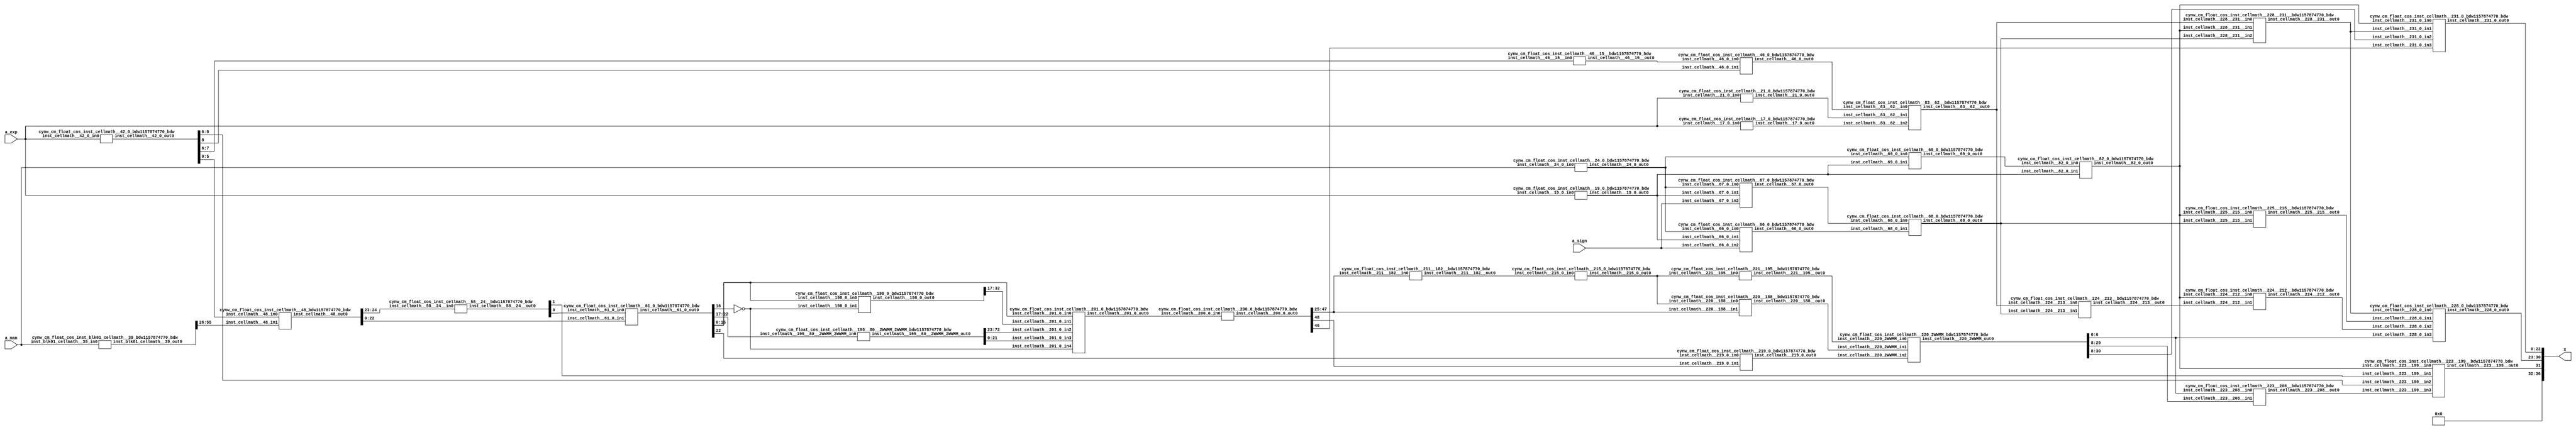
/*****************************************************************************
    Verilog Hierarchical RTL Description
    
    
    Created by: CellMath Designer 2019.1.01 
*******************************************************************************/

module DFT_compute_cynw_cm_float_cos_E8_M23_0 (
	a_sign,
	a_exp,
	a_man,
	x
	); /* architecture "behavioural" */ 
input  a_sign;
input [7:0] a_exp;
input [22:0] a_man;
output [36:0] x;
wire  inst_cellmath__17,
	inst_cellmath__19,
	inst_cellmath__21,
	inst_cellmath__24;
wire [8:0] inst_cellmath__42;
wire  inst_cellmath__46;
wire [22:0] inst_cellmath__61;
wire  inst_cellmath__66,
	inst_cellmath__67,
	inst_cellmath__68,
	inst_cellmath__69,
	inst_cellmath__82;
wire [0:0] inst_cellmath__115__W1;
wire [29:0] inst_cellmath__195;
wire [20:0] inst_cellmath__197;
wire [32:0] inst_cellmath__198;
wire [49:0] inst_cellmath__200,
	inst_cellmath__201;
wire [30:0] inst_cellmath__210;
wire [4:0] inst_cellmath__215;
wire  inst_cellmath__219;
wire [7:0] inst_cellmath__228;
wire [22:0] inst_cellmath__231;
wire [31:0] inst_cellmath__237;
wire [0:0] inst_cellmath__46__15;
wire [2:0] inst_cellmath__58__24;
wire [0:0] inst_cellmath__83__62;
wire [20:0] inst_cellmath__197__131;
wire [31:0] inst_cellmath__211__183;
wire [5:0] inst_cellmath__211__182;
wire [53:0] inst_cellmath__220__188;
wire [6:0] inst_cellmath__221__195;
wire [0:0] inst_cellmath__223__208,
	inst_cellmath__223__199,
	inst_cellmath__224__213,
	inst_cellmath__224__212,
	inst_cellmath__225__215;
wire [7:0] inst_cellmath__226__218;
wire [0:0] inst_cellmath__228__231;
wire [55:0] inst_blk01_cellmath__39_56_0_;
wire [30:0] inst_cellmath__220_22_0__0;
wire [29:0] inst_cellmath__48_32_0_;
wire [30:0] inst_cellmath__220_22_0__2;
wire [1:0] inst_cellmath__231__242_0_0_0;
wire [72:0] inst_cellmath__195__80_0_0;
wire [23:0] inst_blk01_cellmath__39__12_10_0,
	inst_blk01_cellmath__39__12_10_1,
	inst_blk01_cellmath__39__12_10_2,
	inst_blk01_cellmath__39__12_10_3,
	inst_blk01_cellmath__39__12_10_4,
	inst_blk01_cellmath__39__12_10_5,
	inst_blk01_cellmath__39__12_10_6,
	inst_blk01_cellmath__39__12_10_7,
	inst_blk01_cellmath__39__12_10_8,
	inst_blk01_cellmath__39__12_10_9,
	inst_blk01_cellmath__39__12_10_10;
wire [16:0] inst_cellmath__113_0_0,
	inst_cellmath__113_0_1;
wire [1:0] inst_cellmath__116__W1_0_0_1_0,
	inst_cellmath__116__W1_0_0_1_1;

assign x[32] = 1'B0;

assign inst_blk01_cellmath__39__12_10_0 = {1'B1,a_man};

assign inst_blk01_cellmath__39__12_10_1 = {1'B1,a_man};

assign inst_blk01_cellmath__39__12_10_2 = {1'B1,a_man};

assign inst_blk01_cellmath__39__12_10_3 = {1'B1,a_man};

assign inst_blk01_cellmath__39__12_10_4 = {1'B1,a_man};

assign inst_blk01_cellmath__39__12_10_5 = {1'B1,a_man};

assign inst_blk01_cellmath__39__12_10_6 = {1'B1,a_man};

assign inst_blk01_cellmath__39__12_10_7 = {1'B1,a_man};

assign inst_blk01_cellmath__39__12_10_8 = {1'B1,a_man};

assign inst_blk01_cellmath__39__12_10_9 = {1'B1,a_man};

assign inst_blk01_cellmath__39__12_10_10 = {1'B1,a_man};
cynw_cm_float_cos_inst_blk01_cellmath__39_bdw1157874770_bdw inst_blk01_cellmath__39_0(
	.inst_blk01_cellmath__39_out0(inst_blk01_cellmath__39_56_0_),
	.inst_blk01_cellmath__39_in0(a_man)
	) ;
cynw_cm_float_cos_inst_cellmath__42_0_bdw1157874770_bdw inst_cellmath__42_0_0(
	.inst_cellmath__42_0_out0(inst_cellmath__42),
	.inst_cellmath__42_0_in0(a_exp)
	) ;
cynw_cm_float_cos_inst_cellmath__48_bdw1157874770_bdw inst_cellmath__48_0(
	.inst_cellmath__48_out0(inst_cellmath__48_32_0_[24:0]),
	.inst_cellmath__48_in0(inst_cellmath__42[5:0]),
	.inst_cellmath__48_in1(inst_blk01_cellmath__39_56_0_[55:26])
	) ;
cynw_cm_float_cos_inst_cellmath__58__24__bdw1157874770_bdw inst_cellmath__58__24__0(
	.inst_cellmath__58__24__out0(inst_cellmath__58__24[1:0]),
	.inst_cellmath__58__24__in0(inst_cellmath__48_32_0_[24:23])
	) ;
cynw_cm_float_cos_inst_cellmath__61_0_bdw1157874770_bdw inst_cellmath__61_0_0(
	.inst_cellmath__61_0_out0(inst_cellmath__61),
	.inst_cellmath__61_0_in0(inst_cellmath__58__24[0]),
	.inst_cellmath__61_0_in1(inst_cellmath__48_32_0_[22:0])
	) ;

assign inst_cellmath__115__W1 = ~inst_cellmath__61[16];

assign inst_cellmath__116__W1_0_0_1_0 = {inst_cellmath__115__W1,inst_cellmath__61[15]};

assign inst_cellmath__116__W1_0_0_1_1 = {inst_cellmath__115__W1,inst_cellmath__61[15]};

assign inst_cellmath__113_0_0 = {inst_cellmath__116__W1_0_0_1_1,inst_cellmath__61[14:0]};

assign inst_cellmath__113_0_1 = {inst_cellmath__116__W1_0_0_1_0,inst_cellmath__61[14:0]};
cynw_cm_float_cos_inst_cellmath__195__80__2WWMM_2WWMM_bdw1157874770_bdw inst_cellmath__195__80__2WWMM_2WWMM_0(
	.inst_cellmath__195__80__2WWMM_2WWMM_out0(inst_cellmath__195__80_0_0),
	.inst_cellmath__195__80__2WWMM_2WWMM_in0(inst_cellmath__61[22:17])
	) ;

assign inst_cellmath__195[29:4] = inst_cellmath__195__80_0_0[72:47];

assign inst_cellmath__195[3:0] = inst_cellmath__195__80_0_0[46:43];

assign inst_cellmath__197__131[20] = 1'B1;

assign inst_cellmath__197[2:0] = inst_cellmath__195__80_0_0[25:23];

assign inst_cellmath__197__131[19:0] = inst_cellmath__195__80_0_0[42:23];

assign inst_cellmath__197[20:18] = inst_cellmath__197__131[20:18];

assign inst_cellmath__197[17:3] = inst_cellmath__195__80_0_0[40:26];
cynw_cm_float_cos_inst_cellmath__198_0_bdw1157874770_bdw inst_cellmath__198_0_0(
	.inst_cellmath__198_0_out0(inst_cellmath__198),
	.inst_cellmath__198_0_in0(inst_cellmath__61[15:0]),
	.inst_cellmath__198_0_in1(inst_cellmath__115__W1)
	) ;
cynw_cm_float_cos_inst_cellmath__201_0_bdw1157874770_bdw inst_cellmath__201_0_0(
	.inst_cellmath__201_0_out0(inst_cellmath__201),
	.inst_cellmath__201_0_in0(inst_cellmath__61[15:0]),
	.inst_cellmath__201_0_in1(inst_cellmath__198[32:17]),
	.inst_cellmath__201_0_in2(inst_cellmath__195__80_0_0[72:23]),
	.inst_cellmath__201_0_in3(inst_cellmath__195__80_0_0[21:0]),
	.inst_cellmath__201_0_in4(inst_cellmath__115__W1)
	) ;
cynw_cm_float_cos_inst_cellmath__200_0_bdw1157874770_bdw inst_cellmath__200_0_0(
	.inst_cellmath__200_0_out0(inst_cellmath__200[48:0]),
	.inst_cellmath__200_0_in0(inst_cellmath__201)
	) ;

assign inst_cellmath__210 = {{8{1'B0}}, inst_cellmath__200[47:25]};
cynw_cm_float_cos_inst_cellmath__17_0_bdw1157874770_bdw inst_cellmath__17_0_0(
	.inst_cellmath__17_0_out0(inst_cellmath__17),
	.inst_cellmath__17_0_in0(a_exp)
	) ;
cynw_cm_float_cos_inst_cellmath__46__15__bdw1157874770_bdw inst_cellmath__46__15__0(
	.inst_cellmath__46__15__out0(inst_cellmath__46__15),
	.inst_cellmath__46__15__in0(inst_cellmath__42[7:6])
	) ;
cynw_cm_float_cos_inst_cellmath__46_0_bdw1157874770_bdw inst_cellmath__46_0_0(
	.inst_cellmath__46_0_out0(inst_cellmath__46),
	.inst_cellmath__46_0_in0(inst_cellmath__46__15),
	.inst_cellmath__46_0_in1(inst_cellmath__42[8])
	) ;
cynw_cm_float_cos_inst_cellmath__21_0_bdw1157874770_bdw inst_cellmath__21_0_0(
	.inst_cellmath__21_0_out0(inst_cellmath__21),
	.inst_cellmath__21_0_in0(a_exp)
	) ;
cynw_cm_float_cos_inst_cellmath__83__62__bdw1157874770_bdw inst_cellmath__83__62__0(
	.inst_cellmath__83__62__out0(inst_cellmath__83__62),
	.inst_cellmath__83__62__in0(inst_cellmath__46),
	.inst_cellmath__83__62__in1(inst_cellmath__21),
	.inst_cellmath__83__62__in2(inst_cellmath__17)
	) ;
cynw_cm_float_cos_inst_cellmath__19_0_bdw1157874770_bdw inst_cellmath__19_0_0(
	.inst_cellmath__19_0_out0(inst_cellmath__19),
	.inst_cellmath__19_0_in0(a_exp)
	) ;
cynw_cm_float_cos_inst_cellmath__24_0_bdw1157874770_bdw inst_cellmath__24_0_0(
	.inst_cellmath__24_0_out0(inst_cellmath__24),
	.inst_cellmath__24_0_in0(a_man)
	) ;
cynw_cm_float_cos_inst_cellmath__69_0_bdw1157874770_bdw inst_cellmath__69_0_0(
	.inst_cellmath__69_0_out0(inst_cellmath__69),
	.inst_cellmath__69_0_in0(inst_cellmath__24),
	.inst_cellmath__69_0_in1(inst_cellmath__19)
	) ;
cynw_cm_float_cos_inst_cellmath__82_0_bdw1157874770_bdw inst_cellmath__82_0_0(
	.inst_cellmath__82_0_out0(inst_cellmath__82),
	.inst_cellmath__82_0_in0(inst_cellmath__69),
	.inst_cellmath__82_0_in1(inst_cellmath__19)
	) ;
cynw_cm_float_cos_inst_cellmath__66_0_bdw1157874770_bdw inst_cellmath__66_0_0(
	.inst_cellmath__66_0_out0(inst_cellmath__66),
	.inst_cellmath__66_0_in0(inst_cellmath__24),
	.inst_cellmath__66_0_in1(inst_cellmath__19),
	.inst_cellmath__66_0_in2(a_sign)
	) ;
cynw_cm_float_cos_inst_cellmath__67_0_bdw1157874770_bdw inst_cellmath__67_0_0(
	.inst_cellmath__67_0_out0(inst_cellmath__67),
	.inst_cellmath__67_0_in0(inst_cellmath__24),
	.inst_cellmath__67_0_in1(inst_cellmath__19),
	.inst_cellmath__67_0_in2(a_sign)
	) ;
cynw_cm_float_cos_inst_cellmath__68_0_bdw1157874770_bdw inst_cellmath__68_0_0(
	.inst_cellmath__68_0_out0(inst_cellmath__68),
	.inst_cellmath__68_0_in0(inst_cellmath__67),
	.inst_cellmath__68_0_in1(inst_cellmath__66)
	) ;
cynw_cm_float_cos_inst_cellmath__228__231__bdw1157874770_bdw inst_cellmath__228__231__0(
	.inst_cellmath__228__231__out0(inst_cellmath__228__231),
	.inst_cellmath__228__231__in0(inst_cellmath__83__62),
	.inst_cellmath__228__231__in1(inst_cellmath__82),
	.inst_cellmath__228__231__in2(inst_cellmath__68)
	) ;

assign inst_cellmath__231__242_0_0_0 = {inst_cellmath__228__231,inst_cellmath__200[46]};
cynw_cm_float_cos_inst_cellmath__219_0_bdw1157874770_bdw inst_cellmath__219_0_0(
	.inst_cellmath__219_0_out0(inst_cellmath__219),
	.inst_cellmath__219_0_in0(inst_cellmath__61[22]),
	.inst_cellmath__219_0_in1(inst_cellmath__200[48])
	) ;

assign inst_cellmath__211__183 = {inst_cellmath__210,1'B1};
cynw_cm_float_cos_inst_cellmath__211__182__bdw1157874770_bdw inst_cellmath__211__182__0(
	.inst_cellmath__211__182__out0(inst_cellmath__211__182[4:0]),
	.inst_cellmath__211__182__in0(inst_cellmath__200[47:25])
	) ;
cynw_cm_float_cos_inst_cellmath__215_0_bdw1157874770_bdw inst_cellmath__215_0_0(
	.inst_cellmath__215_0_out0(inst_cellmath__215),
	.inst_cellmath__215_0_in0(inst_cellmath__211__182[4:0])
	) ;
cynw_cm_float_cos_inst_cellmath__220__188__bdw1157874770_bdw inst_cellmath__220__188__0(
	.inst_cellmath__220__188__out0(inst_cellmath__220__188[22:0]),
	.inst_cellmath__220__188__in0(inst_cellmath__215),
	.inst_cellmath__220__188__in1(inst_cellmath__200[47:25])
	) ;
cynw_cm_float_cos_inst_cellmath__221__195__bdw1157874770_bdw inst_cellmath__221__195__0(
	.inst_cellmath__221__195__out0(inst_cellmath__221__195),
	.inst_cellmath__221__195__in0(inst_cellmath__215)
	) ;

assign inst_cellmath__220_22_0__0 = {inst_cellmath__220__188[22:0],1'B0,inst_cellmath__221__195};
cynw_cm_float_cos_inst_cellmath__220_2WWMM_bdw1157874770_bdw inst_cellmath__220_2WWMM_0(
	.inst_cellmath__220_2WWMM_out0(inst_cellmath__220_22_0__2),
	.inst_cellmath__220_2WWMM_in0(inst_cellmath__221__195),
	.inst_cellmath__220_2WWMM_in1(inst_cellmath__220__188[22:0]),
	.inst_cellmath__220_2WWMM_in2(inst_cellmath__219)
	) ;
cynw_cm_float_cos_inst_cellmath__223__208__bdw1157874770_bdw inst_cellmath__223__208__0(
	.inst_cellmath__223__208__out0(inst_cellmath__223__208),
	.inst_cellmath__223__208__in0(inst_cellmath__220_22_0__2[6:0]),
	.inst_cellmath__223__208__in1(inst_cellmath__220_22_0__2[29:8])
	) ;
cynw_cm_float_cos_inst_cellmath__223__199__bdw1157874770_bdw inst_cellmath__223__199__0(
	.inst_cellmath__223__199__out0(inst_cellmath__223__199),
	.inst_cellmath__223__199__in0(inst_cellmath__82),
	.inst_cellmath__223__199__in1(inst_cellmath__58__24[1]),
	.inst_cellmath__223__199__in2(inst_cellmath__42[8:6]),
	.inst_cellmath__223__199__in3(inst_cellmath__223__208)
	) ;
cynw_cm_float_cos_inst_cellmath__224__213__bdw1157874770_bdw inst_cellmath__224__213__0(
	.inst_cellmath__224__213__out0(inst_cellmath__224__213),
	.inst_cellmath__224__213__in0(inst_cellmath__83__62),
	.inst_cellmath__224__213__in1(inst_cellmath__68)
	) ;
cynw_cm_float_cos_inst_cellmath__224__212__bdw1157874770_bdw inst_cellmath__224__212__0(
	.inst_cellmath__224__212__out0(inst_cellmath__224__212),
	.inst_cellmath__224__212__in0(inst_cellmath__82),
	.inst_cellmath__224__212__in1(inst_cellmath__224__213)
	) ;
cynw_cm_float_cos_inst_cellmath__225__215__bdw1157874770_bdw inst_cellmath__225__215__0(
	.inst_cellmath__225__215__out0(inst_cellmath__225__215),
	.inst_cellmath__225__215__in0(inst_cellmath__82),
	.inst_cellmath__225__215__in1(inst_cellmath__68)
	) ;

assign inst_cellmath__226__218 = {inst_cellmath__224__212,inst_cellmath__225__215,inst_cellmath__225__215,inst_cellmath__225__215,inst_cellmath__225__215,inst_cellmath__225__215,inst_cellmath__225__215,inst_cellmath__225__215};
cynw_cm_float_cos_inst_cellmath__228_0_bdw1157874770_bdw inst_cellmath__228_0_0(
	.inst_cellmath__228_0_out0(inst_cellmath__228),
	.inst_cellmath__228_0_in0(inst_cellmath__228__231),
	.inst_cellmath__228_0_in1(inst_cellmath__225__215),
	.inst_cellmath__228_0_in2(inst_cellmath__224__212),
	.inst_cellmath__228_0_in3(inst_cellmath__220_22_0__2[6:0])
	) ;
cynw_cm_float_cos_inst_cellmath__231_0_bdw1157874770_bdw inst_cellmath__231_0_0(
	.inst_cellmath__231_0_out0(inst_cellmath__231),
	.inst_cellmath__231_0_in0(inst_cellmath__82),
	.inst_cellmath__231_0_in1(inst_cellmath__228__231),
	.inst_cellmath__231_0_in2(inst_cellmath__220_22_0__2[30:8]),
	.inst_cellmath__231_0_in3(inst_cellmath__200[46])
	) ;

assign inst_cellmath__237 = {inst_cellmath__223__199,inst_cellmath__228,inst_cellmath__231};

assign x[31:0] = inst_cellmath__237;

assign x[36:33] = 4'B0000;
endmodule

module cynw_cm_float_cos_inst_blk01_cellmath__39_bdw1157874770_bdw (
	inst_blk01_cellmath__39_out0,
	inst_blk01_cellmath__39_in0
	); /* architecture "behavioural" */ 
output [55:0] inst_blk01_cellmath__39_out0;
input [22:0] inst_blk01_cellmath__39_in0;
wire [23:0] inst_blk01_cellmath__39__12_10_9,
	inst_blk01_cellmath__39__12_10_8,
	inst_blk01_cellmath__39__12_10_7,
	inst_blk01_cellmath__39__12_10_6,
	inst_blk01_cellmath__39__12_10_5,
	inst_blk01_cellmath__39__12_10_4,
	inst_blk01_cellmath__39__12_10_3,
	inst_blk01_cellmath__39__12_10_2,
	inst_blk01_cellmath__39__12_10_1,
	inst_blk01_cellmath__39__12_10_0,
	inst_blk01_cellmath__39__12_10_10;

assign inst_blk01_cellmath__39__12_10_9 = {1'B1,inst_blk01_cellmath__39_in0};

assign inst_blk01_cellmath__39__12_10_8 = {1'B1,inst_blk01_cellmath__39_in0};

assign inst_blk01_cellmath__39__12_10_7 = {1'B1,inst_blk01_cellmath__39_in0};

assign inst_blk01_cellmath__39__12_10_6 = {1'B1,inst_blk01_cellmath__39_in0};

assign inst_blk01_cellmath__39__12_10_5 = {1'B1,inst_blk01_cellmath__39_in0};

assign inst_blk01_cellmath__39__12_10_4 = {1'B1,inst_blk01_cellmath__39_in0};

assign inst_blk01_cellmath__39__12_10_3 = {1'B1,inst_blk01_cellmath__39_in0};

assign inst_blk01_cellmath__39__12_10_2 = {1'B1,inst_blk01_cellmath__39_in0};

assign inst_blk01_cellmath__39__12_10_1 = {1'B1,inst_blk01_cellmath__39_in0};

assign inst_blk01_cellmath__39__12_10_0 = {1'B1,inst_blk01_cellmath__39_in0};

assign inst_blk01_cellmath__39__12_10_10 = {1'B1,inst_blk01_cellmath__39_in0};

assign inst_blk01_cellmath__39_out0 = 
	-((inst_blk01_cellmath__39__12_10_9<<1))
	-((inst_blk01_cellmath__39__12_10_8<<4))
	-((inst_blk01_cellmath__39__12_10_7<<7))
	+((inst_blk01_cellmath__39__12_10_6<<10))
	-((inst_blk01_cellmath__39__12_10_5<<15))
	+((inst_blk01_cellmath__39__12_10_4<<17))
	-((inst_blk01_cellmath__39__12_10_3<<19))
	-((inst_blk01_cellmath__39__12_10_2<<24))
	+((inst_blk01_cellmath__39__12_10_1<<26))
	+((inst_blk01_cellmath__39__12_10_0<<29))
	+((inst_blk01_cellmath__39__12_10_10<<31));
endmodule

module cynw_cm_float_cos_inst_cellmath__42_0_bdw1157874770_bdw (
	inst_cellmath__42_0_out0,
	inst_cellmath__42_0_in0
	); /* architecture "behavioural" */ 
output [8:0] inst_cellmath__42_0_out0;
input [7:0] inst_cellmath__42_0_in0;

assign inst_cellmath__42_0_out0 = 
	-(inst_cellmath__42_0_in0)
	+(9'B010000101);
endmodule

module cynw_cm_float_cos_inst_cellmath__48_bdw1157874770_bdw (
	inst_cellmath__48_out0,
	inst_cellmath__48_in0,
	inst_cellmath__48_in1
	); /* architecture "behavioural" */ 
output [24:0] inst_cellmath__48_out0;
input [5:0] inst_cellmath__48_in0;
input [55:26] inst_cellmath__48_in1;

assign inst_cellmath__48_out0 = inst_cellmath__48_in1 >> inst_cellmath__48_in0;
endmodule

module cynw_cm_float_cos_inst_cellmath__58__24__bdw1157874770_bdw (
	inst_cellmath__58__24__out0,
	inst_cellmath__58__24__in0
	); /* architecture "behavioural" */ 
output [1:0] inst_cellmath__58__24__out0;
input [24:23] inst_cellmath__58__24__in0;

assign inst_cellmath__58__24__out0 = 
	+(inst_cellmath__58__24__in0)
	+(2'B01);
endmodule

module cynw_cm_float_cos_inst_cellmath__61_0_bdw1157874770_bdw (
	inst_cellmath__61_0_out0,
	inst_cellmath__61_0_in0,
	inst_cellmath__61_0_in1
	); /* architecture "behavioural" */ 
output [22:0] inst_cellmath__61_0_out0;
input [0:0] inst_cellmath__61_0_in0;
input [22:0] inst_cellmath__61_0_in1;

reg [22:0] inst_cellmath__61_0_out0_tmp_0;
assign inst_cellmath__61_0_out0 = inst_cellmath__61_0_out0_tmp_0;
always @ (inst_cellmath__61_0_in0 or inst_cellmath__61_0_in1) begin
	case (inst_cellmath__61_0_in0)
		1'B0 : inst_cellmath__61_0_out0_tmp_0 = inst_cellmath__61_0_in1 ;
		default : inst_cellmath__61_0_out0_tmp_0 = ~inst_cellmath__61_0_in1 ;
	endcase
end
endmodule

module cynw_cm_float_cos_inst_cellmath__195__80__2WWMM_2WWMM_bdw1157874770_bdw (
	inst_cellmath__195__80__2WWMM_2WWMM_out0,
	inst_cellmath__195__80__2WWMM_2WWMM_in0
	); /* architecture "behavioural" */ 
output [72:0] inst_cellmath__195__80__2WWMM_2WWMM_out0;
input [22:17] inst_cellmath__195__80__2WWMM_2WWMM_in0;

reg [72:0] inst_cellmath__195__80__2WWMM_2WWMM_out0_tmp_0;
assign inst_cellmath__195__80__2WWMM_2WWMM_out0 = inst_cellmath__195__80__2WWMM_2WWMM_out0_tmp_0;
always @ (inst_cellmath__195__80__2WWMM_2WWMM_in0) begin
	case (inst_cellmath__195__80__2WWMM_2WWMM_in0)
		6'B000000 : inst_cellmath__195__80__2WWMM_2WWMM_out0_tmp_0 = 73'B0000001100100100001110100100001111111000010000000001100100100001011000001 ;
		6'B000001 : inst_cellmath__195__80__2WWMM_2WWMM_out0_tmp_0 = 73'B0000100101101100001100101011111111101000110000001001100100011101100000000 ;
		6'B000010 : inst_cellmath__195__80__2WWMM_2WWMM_out0_tmp_0 = 73'B0000111110110010101101110011111111011001010001001001100100010101110000001 ;
		6'B000011 : inst_cellmath__195__80__2WWMM_2WWMM_out0_tmp_0 = 73'B0001010111110110110100000000111111001001110011101001100100001010001000110 ;
		6'B000100 : inst_cellmath__195__80__2WWMM_2WWMM_out0_tmp_0 = 73'B0001110000110111100001011100101110111010011000010001100011111010101010001 ;
		6'B000101 : inst_cellmath__195__80__2WWMM_2WWMM_out0_tmp_0 = 73'B0010001001110011111000011001111110101010111111100001100011100111010101001 ;
		6'B000110 : inst_cellmath__195__80__2WWMM_2WWMM_out0_tmp_0 = 73'B0010100010101010111011010110011110011011101010000101100011010000001010010 ;
		6'B000111 : inst_cellmath__195__80__2WWMM_2WWMM_out0_tmp_0 = 73'B0010111011011011101100111011111110001100011000100001100010110101001010100 ;
		6'B001000 : inst_cellmath__195__80__2WWMM_2WWMM_out0_tmp_0 = 73'B0011010100000101010000000100111101111101001011011001100010010110010110111 ;
		6'B001001 : inst_cellmath__195__80__2WWMM_2WWMM_out0_tmp_0 = 73'B0011101100100110100111111100111101101110000011010101100001110011110000101 ;
		6'B001010 : inst_cellmath__195__80__2WWMM_2WWMM_out0_tmp_0 = 73'B0100000100111110111000000011101101011111000000111001100001001101011001001 ;
		6'B001011 : inst_cellmath__195__80__2WWMM_2WWMM_out0_tmp_0 = 73'B0100011101001101000100001111111101010000000100101001100000100011010001101 ;
		6'B001100 : inst_cellmath__195__80__2WWMM_2WWMM_out0_tmp_0 = 73'B0100110101010000010000110000111101000001001111001101011111110101011100000 ;
		6'B001101 : inst_cellmath__195__80__2WWMM_2WWMM_out0_tmp_0 = 73'B0101001101000111100010010000101100110010100001001001011111000011111010000 ;
		6'B001110 : inst_cellmath__195__80__2WWMM_2WWMM_out0_tmp_0 = 73'B0101100100110001111101110111011100100011111010111101011110001110101101011 ;
		6'B001111 : inst_cellmath__195__80__2WWMM_2WWMM_out0_tmp_0 = 73'B0101111100001110101001001100011100010101011101010001011101010101111000010 ;
		6'B010000 : inst_cellmath__195__80__2WWMM_2WWMM_out0_tmp_0 = 73'B0110010011011100101010011001001100000111001000100101011100011001011100111 ;
		6'B010001 : inst_cellmath__195__80__2WWMM_2WWMM_out0_tmp_0 = 73'B0110101010011011001000001010111011111000111101100001011011011001011101100 ;
		6'B010010 : inst_cellmath__195__80__2WWMM_2WWMM_out0_tmp_0 = 73'B0111000001001001001001110110001011101010111100101001011010010101111100100 ;
		6'B010011 : inst_cellmath__195__80__2WWMM_2WWMM_out0_tmp_0 = 73'B0111010111100101110111010111001011011101000110011001011001001110111100110 ;
		6'B010100 : inst_cellmath__195__80__2WWMM_2WWMM_out0_tmp_0 = 73'B0111101101110000011001010100111011001111011011011001011000000100100000111 ;
		6'B010101 : inst_cellmath__195__80__2WWMM_2WWMM_out0_tmp_0 = 73'B1000000011100111111001000011111011000001111100000101010110110110101011101 ;
		6'B010110 : inst_cellmath__195__80__2WWMM_2WWMM_out0_tmp_0 = 73'B1000011001001011100000100110111010110100101001000101010101100101100000000 ;
		6'B010111 : inst_cellmath__195__80__2WWMM_2WWMM_out0_tmp_0 = 73'B1000101110011010011010110010001010100111100010110101010100010001000001011 ;
		6'B011000 : inst_cellmath__195__80__2WWMM_2WWMM_out0_tmp_0 = 73'B1001000011010011110011001100101010011010101001111001010010111001010010110 ;
		6'B011001 : inst_cellmath__195__80__2WWMM_2WWMM_out0_tmp_0 = 73'B1001010111110110110110010011001010001101111110101101010001011110010111101 ;
		6'B011010 : inst_cellmath__195__80__2WWMM_2WWMM_out0_tmp_0 = 73'B1001101100000010110001011000101010000001100001110001010000000000010011100 ;
		6'B011011 : inst_cellmath__195__80__2WWMM_2WWMM_out0_tmp_0 = 73'B1001111111110110110010101001111001110101010011100101001110011111001001111 ;
		6'B011100 : inst_cellmath__195__80__2WWMM_2WWMM_out0_tmp_0 = 73'B1010010011010010001001001101111001101001010100100101001100111010111110110 ;
		6'B011101 : inst_cellmath__195__80__2WWMM_2WWMM_out0_tmp_0 = 73'B1010100110010100000101001001011001011101100101010101001011010011110101110 ;
		6'B011110 : inst_cellmath__195__80__2WWMM_2WWMM_out0_tmp_0 = 73'B1010111000111011110111011111011001010010000110001001001001101001110010111 ;
		6'B011111 : inst_cellmath__195__80__2WWMM_2WWMM_out0_tmp_0 = 73'B1011001011001000110010010011001001000110110111100101000111111100111010011 ;
		6'B100000 : inst_cellmath__195__80__2WWMM_2WWMM_out0_tmp_0 = 73'B1011011100111010001000101010101000111011111010000001000110001101010000011 ;
		6'B100001 : inst_cellmath__195__80__2WWMM_2WWMM_out0_tmp_0 = 73'B1011101110001111001110101111101000110001001101111001000100011010111001001 ;
		6'B100010 : inst_cellmath__195__80__2WWMM_2WWMM_out0_tmp_0 = 73'B1011111111000111011001110001111000100110110011100101000010100101111001000 ;
		6'B100011 : inst_cellmath__195__80__2WWMM_2WWMM_out0_tmp_0 = 73'B1100001111100010000000000111111000011100101011100001000000101110010100101 ;
		6'B100100 : inst_cellmath__195__80__2WWMM_2WWMM_out0_tmp_0 = 73'B1100011111011110011001010010001000010010110110000100111110110100010000101 ;
		6'B100101 : inst_cellmath__195__80__2WWMM_2WWMM_out0_tmp_0 = 73'B1100101110111011111101111010101000001001010011101000111100110111110001100 ;
		6'B100110 : inst_cellmath__195__80__2WWMM_2WWMM_out0_tmp_0 = 73'B1100111101111010000111110111101000000000000100101000111010111000111100010 ;
		6'B100111 : inst_cellmath__195__80__2WWMM_2WWMM_out0_tmp_0 = 73'B1101001100011000010010001101100111110111001001010100111000110111110101110 ;
		6'B101000 : inst_cellmath__195__80__2WWMM_2WWMM_out0_tmp_0 = 73'B1101011010010101111001001111000111101110100010000100110110110100100010111 ;
		6'B101001 : inst_cellmath__195__80__2WWMM_2WWMM_out0_tmp_0 = 73'B1101100111110010011010011111100111100110001111010000110100101111001000110 ;
		6'B101010 : inst_cellmath__195__80__2WWMM_2WWMM_out0_tmp_0 = 73'B1101110100101101010100110011100111011110010001001100110010100111101100100 ;
		6'B101011 : inst_cellmath__195__80__2WWMM_2WWMM_out0_tmp_0 = 73'B1110000001000110001000010011010111010110101000001000110000011110010011011 ;
		6'B101100 : inst_cellmath__195__80__2WWMM_2WWMM_out0_tmp_0 = 73'B1110001100111100010110011010010111001111010100011100101110010011000010101 ;
		6'B101101 : inst_cellmath__195__80__2WWMM_2WWMM_out0_tmp_0 = 73'B1110011000001111100001111010000111001000010110010100101100000101111111110 ;
		6'B101110 : inst_cellmath__195__80__2WWMM_2WWMM_out0_tmp_0 = 73'B1110100010111111001110111010000111000001101110001000101001110111010000000 ;
		6'B101111 : inst_cellmath__195__80__2WWMM_2WWMM_out0_tmp_0 = 73'B1110101101001011000010111010000110111011011100000100100111100110111001000 ;
		6'B110000 : inst_cellmath__195__80__2WWMM_2WWMM_out0_tmp_0 = 73'B1110110110110010100100110001000110110101100000011000100101010101000000010 ;
		6'B110001 : inst_cellmath__195__80__2WWMM_2WWMM_out0_tmp_0 = 73'B1110111111110101011100110001000110101111111011010100100011000001101011011 ;
		6'B110010 : inst_cellmath__195__80__2WWMM_2WWMM_out0_tmp_0 = 73'B1111001000010011010100100101100110101010101101000100100000101101000000001 ;
		6'B110011 : inst_cellmath__195__80__2WWMM_2WWMM_out0_tmp_0 = 73'B1111010000001011110111010101110110100101110101110100011110010111000100001 ;
		6'B110100 : inst_cellmath__195__80__2WWMM_2WWMM_out0_tmp_0 = 73'B1111010111011110110001100100100110100001010101110100011011111111111101010 ;
		6'B110101 : inst_cellmath__195__80__2WWMM_2WWMM_out0_tmp_0 = 73'B1111011110001011110001010010000110011101001101001100011001100111110001010 ;
		6'B110110 : inst_cellmath__195__80__2WWMM_2WWMM_out0_tmp_0 = 73'B1111100100010010100101111011110110011001011100000100010111001110100110001 ;
		6'B110111 : inst_cellmath__195__80__2WWMM_2WWMM_out0_tmp_0 = 73'B1111101001110011000000011101100110010110000010101100010100110100100001101 ;
		6'B111000 : inst_cellmath__195__80__2WWMM_2WWMM_out0_tmp_0 = 73'B1111101110101100110011010001110110010011000001001000010010011001101001110 ;
		6'B111001 : inst_cellmath__195__80__2WWMM_2WWMM_out0_tmp_0 = 73'B1111110010111111110010010010100110010000010111100000001111111110000100100 ;
		6'B111010 : inst_cellmath__195__80__2WWMM_2WWMM_out0_tmp_0 = 73'B1111110110101011110010111000110110001110000101111100001101100001110111111 ;
		6'B111011 : inst_cellmath__195__80__2WWMM_2WWMM_out0_tmp_0 = 73'B1111111001110000101011111110110110001100001100100000001011000101001001111 ;
		6'B111100 : inst_cellmath__195__80__2WWMM_2WWMM_out0_tmp_0 = 73'B1111111100001110010101111110010110001010101011010000001000101000000000100 ;
		6'B111101 : inst_cellmath__195__80__2WWMM_2WWMM_out0_tmp_0 = 73'B1111111110000100101010110010110110001001100010010000000110001010100001111 ;
		6'B111110 : inst_cellmath__195__80__2WWMM_2WWMM_out0_tmp_0 = 73'B1111111111010011100101111000000110001000110001100100000011101100110100000 ;
		default : inst_cellmath__195__80__2WWMM_2WWMM_out0_tmp_0 = 73'B1111111111111011000100001011010110001000011001001100000001001110111101000 ;
	endcase
end
endmodule

module cynw_cm_float_cos_inst_cellmath__198_0_bdw1157874770_bdw (
	inst_cellmath__198_0_out0,
	inst_cellmath__198_0_in0,
	inst_cellmath__198_0_in1
	); /* architecture "behavioural" */ 
output [32:0] inst_cellmath__198_0_out0;
input [15:0] inst_cellmath__198_0_in0;
input [0:0] inst_cellmath__198_0_in1;
wire [16:0] inst_cellmath__113_0_0;
wire [1:0] inst_cellmath__116__W1_0_0_1_1;

assign inst_cellmath__116__W1_0_0_1_1 = {inst_cellmath__198_0_in1,inst_cellmath__198_0_in0[15]};

assign inst_cellmath__113_0_0 = {inst_cellmath__116__W1_0_0_1_1,inst_cellmath__198_0_in0[14:0]};

assign inst_cellmath__198_0_out0 = 
	+(
		 (({1{inst_cellmath__113_0_0[16]}}&{1'B1}) << 32)
		+(({3{inst_cellmath__113_0_0[15]}}&{inst_cellmath__113_0_0[16],1'B0,1'B1}) << 30)
		+(({5{inst_cellmath__113_0_0[14]}}&{{{1{inst_cellmath__113_0_0[16]}}, inst_cellmath__113_0_0[16:15]},1'B0,1'B1}) << 28)
		+(({7{inst_cellmath__113_0_0[13]}}&{{{2{inst_cellmath__113_0_0[16]}}, inst_cellmath__113_0_0[16:14]},1'B0,1'B1}) << 26)
		+(({9{inst_cellmath__113_0_0[12]}}&{{{3{inst_cellmath__113_0_0[16]}}, inst_cellmath__113_0_0[16:13]},1'B0,1'B1}) << 24)
		+(({11{inst_cellmath__113_0_0[11]}}&{{{4{inst_cellmath__113_0_0[16]}}, inst_cellmath__113_0_0[16:12]},1'B0,1'B1}) << 22)
		+(({13{inst_cellmath__113_0_0[10]}}&{{{5{inst_cellmath__113_0_0[16]}}, inst_cellmath__113_0_0[16:11]},1'B0,1'B1}) << 20)
		+(({15{inst_cellmath__113_0_0[9]}}&{{{6{inst_cellmath__113_0_0[16]}}, inst_cellmath__113_0_0[16:10]},1'B0,1'B1}) << 18)
		+(({17{inst_cellmath__113_0_0[8]}}&{{{7{inst_cellmath__113_0_0[16]}}, inst_cellmath__113_0_0[16:9]},1'B0,1'B1}) << 16)
		+(({19{inst_cellmath__113_0_0[7]}}&{{{8{inst_cellmath__113_0_0[16]}}, inst_cellmath__113_0_0[16:8]},1'B0,1'B1}) << 14)
		+(({21{inst_cellmath__113_0_0[6]}}&{{{9{inst_cellmath__113_0_0[16]}}, inst_cellmath__113_0_0[16:7]},1'B0,1'B1}) << 12)
		+(({23{inst_cellmath__113_0_0[5]}}&{{{10{inst_cellmath__113_0_0[16]}}, inst_cellmath__113_0_0[16:6]},1'B0,1'B1}) << 10)
		+(({25{inst_cellmath__113_0_0[4]}}&{{{11{inst_cellmath__113_0_0[16]}}, inst_cellmath__113_0_0[16:5]},1'B0,1'B1}) << 8)
		+(({27{inst_cellmath__113_0_0[3]}}&{{{12{inst_cellmath__113_0_0[16]}}, inst_cellmath__113_0_0[16:4]},1'B0,1'B1}) << 6)
		+(({29{inst_cellmath__113_0_0[2]}}&{{{13{inst_cellmath__113_0_0[16]}}, inst_cellmath__113_0_0[16:3]},1'B0,1'B1}) << 4)
		+(({31{inst_cellmath__113_0_0[1]}}&{{{14{inst_cellmath__113_0_0[16]}}, inst_cellmath__113_0_0[16:2]},1'B0,1'B1}) << 2)
		+(({33{inst_cellmath__113_0_0[0]}}&{{{15{inst_cellmath__113_0_0[16]}}, inst_cellmath__113_0_0[16:1]},1'B0,1'B1}) << 0)
	);
endmodule

module cynw_cm_float_cos_inst_cellmath__201_0_bdw1157874770_bdw (
	inst_cellmath__201_0_out0,
	inst_cellmath__201_0_in0,
	inst_cellmath__201_0_in1,
	inst_cellmath__201_0_in2,
	inst_cellmath__201_0_in3,
	inst_cellmath__201_0_in4
	); /* architecture "behavioural" */ 
output [49:0] inst_cellmath__201_0_out0;
input [15:0] inst_cellmath__201_0_in0;
input [32:17] inst_cellmath__201_0_in1;
input [72:23] inst_cellmath__201_0_in2;
input [21:0] inst_cellmath__201_0_in3;
input [0:0] inst_cellmath__201_0_in4;
wire [29:0] inst_cellmath__195;
wire [20:0] inst_cellmath__197;
wire [16:0] inst_cellmath__113_0_1;
wire [20:0] inst_cellmath__197__131;
wire [1:0] inst_cellmath__116__W1_0_0_1_0;

assign inst_cellmath__195[29:4] = inst_cellmath__201_0_in2[72:47];

assign inst_cellmath__195[3:0] = inst_cellmath__201_0_in2[46:43];

assign inst_cellmath__197[17:3] = inst_cellmath__201_0_in2[40:26];

assign inst_cellmath__197[2:0] = inst_cellmath__201_0_in2[25:23];

assign inst_cellmath__197__131[19:0] = inst_cellmath__201_0_in2[42:23];

assign inst_cellmath__197__131[20] = 1'B1;

assign inst_cellmath__197[20:18] = inst_cellmath__197__131[20:18];

assign inst_cellmath__116__W1_0_0_1_0 = {inst_cellmath__201_0_in4,inst_cellmath__201_0_in0[15]};

assign inst_cellmath__113_0_1 = {inst_cellmath__116__W1_0_0_1_0,inst_cellmath__201_0_in0[14:0]};

wire [49:0] inst_cellmath__201_0_out0_tmp_0;
wire [49:0] inst_cellmath__201_0_out0_tmp_1;
wire [49:0] inst_cellmath__201_0_out0_tmp_2;
assign inst_cellmath__201_0_out0_tmp_2 = 
	+((inst_cellmath__195<<18));
assign inst_cellmath__201_0_out0_tmp_1 = inst_cellmath__201_0_out0_tmp_2
	+({{29{inst_cellmath__197[20]}}, inst_cellmath__197} * inst_cellmath__201_0_in1);
assign inst_cellmath__201_0_out0_tmp_0 = inst_cellmath__201_0_out0_tmp_1
	+((inst_cellmath__201_0_in3 * {{33{inst_cellmath__113_0_1[16]}}, inst_cellmath__113_0_1})<<4);
assign inst_cellmath__201_0_out0 = inst_cellmath__201_0_out0_tmp_0
	+(50'B00000000000000000000000001000000000000000000000000);
endmodule

module cynw_cm_float_cos_inst_cellmath__200_0_bdw1157874770_bdw (
	inst_cellmath__200_0_out0,
	inst_cellmath__200_0_in0
	); /* architecture "behavioural" */ 
output [48:0] inst_cellmath__200_0_out0;
input [49:0] inst_cellmath__200_0_in0;

reg [48:0] inst_cellmath__200_0_out0_tmp_0;
assign inst_cellmath__200_0_out0 = inst_cellmath__200_0_out0_tmp_0;
always @ (inst_cellmath__200_0_in0[49] or inst_cellmath__200_0_in0[48:0]) begin
	case (inst_cellmath__200_0_in0[49])
		1'B0 : inst_cellmath__200_0_out0_tmp_0 = inst_cellmath__200_0_in0[48:0] ;
		default : inst_cellmath__200_0_out0_tmp_0 = {49{1'b0}} ;
	endcase
end
endmodule

module cynw_cm_float_cos_inst_cellmath__17_0_bdw1157874770_bdw (
	inst_cellmath__17_0_out0,
	inst_cellmath__17_0_in0
	); /* architecture "behavioural" */ 
output  inst_cellmath__17_0_out0;
input [7:0] inst_cellmath__17_0_in0;

assign inst_cellmath__17_0_out0 = 
	((~inst_cellmath__17_0_in0[7]))
	&((~inst_cellmath__17_0_in0[0]))
	&((~inst_cellmath__17_0_in0[1]))
	&((~inst_cellmath__17_0_in0[2]))
	&((~inst_cellmath__17_0_in0[3]))
	&((~inst_cellmath__17_0_in0[4]))
	&((~inst_cellmath__17_0_in0[5]))
	&((~inst_cellmath__17_0_in0[6]));
endmodule

module cynw_cm_float_cos_inst_cellmath__46__15__bdw1157874770_bdw (
	inst_cellmath__46__15__out0,
	inst_cellmath__46__15__in0
	); /* architecture "behavioural" */ 
output [0:0] inst_cellmath__46__15__out0;
input [7:6] inst_cellmath__46__15__in0;

assign inst_cellmath__46__15__out0 = 
	(inst_cellmath__46__15__in0[6])
	|(inst_cellmath__46__15__in0[7]);
endmodule

module cynw_cm_float_cos_inst_cellmath__46_0_bdw1157874770_bdw (
	inst_cellmath__46_0_out0,
	inst_cellmath__46_0_in0,
	inst_cellmath__46_0_in1
	); /* architecture "behavioural" */ 
output  inst_cellmath__46_0_out0;
input [0:0] inst_cellmath__46_0_in0;
input [8:8] inst_cellmath__46_0_in1;

assign inst_cellmath__46_0_out0 = 
	((~inst_cellmath__46_0_in1))
	&(inst_cellmath__46_0_in0);
endmodule

module cynw_cm_float_cos_inst_cellmath__21_0_bdw1157874770_bdw (
	inst_cellmath__21_0_out0,
	inst_cellmath__21_0_in0
	); /* architecture "behavioural" */ 
output  inst_cellmath__21_0_out0;
input [7:0] inst_cellmath__21_0_in0;

assign inst_cellmath__21_0_out0 = ((13'B1000000000000 ^ inst_cellmath__21_0_in0)<(13'B1000000000000 ^ 13'B0000001100110));
endmodule

module cynw_cm_float_cos_inst_cellmath__83__62__bdw1157874770_bdw (
	inst_cellmath__83__62__out0,
	inst_cellmath__83__62__in0,
	inst_cellmath__83__62__in1,
	inst_cellmath__83__62__in2
	); /* architecture "behavioural" */ 
output [0:0] inst_cellmath__83__62__out0;
input  inst_cellmath__83__62__in0,
	inst_cellmath__83__62__in1,
	inst_cellmath__83__62__in2;

assign inst_cellmath__83__62__out0 = 
	(inst_cellmath__83__62__in2)
	|(inst_cellmath__83__62__in0)
	|(inst_cellmath__83__62__in1);
endmodule

module cynw_cm_float_cos_inst_cellmath__19_0_bdw1157874770_bdw (
	inst_cellmath__19_0_out0,
	inst_cellmath__19_0_in0
	); /* architecture "behavioural" */ 
output  inst_cellmath__19_0_out0;
input [7:0] inst_cellmath__19_0_in0;

assign inst_cellmath__19_0_out0 = 
	(inst_cellmath__19_0_in0[7])
	&(inst_cellmath__19_0_in0[0])
	&(inst_cellmath__19_0_in0[1])
	&(inst_cellmath__19_0_in0[2])
	&(inst_cellmath__19_0_in0[3])
	&(inst_cellmath__19_0_in0[4])
	&(inst_cellmath__19_0_in0[5])
	&(inst_cellmath__19_0_in0[6]);
endmodule

module cynw_cm_float_cos_inst_cellmath__24_0_bdw1157874770_bdw (
	inst_cellmath__24_0_out0,
	inst_cellmath__24_0_in0
	); /* architecture "behavioural" */ 
output  inst_cellmath__24_0_out0;
input [22:0] inst_cellmath__24_0_in0;

assign inst_cellmath__24_0_out0 = 
	((~inst_cellmath__24_0_in0[0]))
	&((~inst_cellmath__24_0_in0[1]))
	&((~inst_cellmath__24_0_in0[2]))
	&((~inst_cellmath__24_0_in0[3]))
	&((~inst_cellmath__24_0_in0[4]))
	&((~inst_cellmath__24_0_in0[5]))
	&((~inst_cellmath__24_0_in0[6]))
	&((~inst_cellmath__24_0_in0[7]))
	&((~inst_cellmath__24_0_in0[8]))
	&((~inst_cellmath__24_0_in0[9]))
	&((~inst_cellmath__24_0_in0[10]))
	&((~inst_cellmath__24_0_in0[11]))
	&((~inst_cellmath__24_0_in0[12]))
	&((~inst_cellmath__24_0_in0[13]))
	&((~inst_cellmath__24_0_in0[14]))
	&((~inst_cellmath__24_0_in0[15]))
	&((~inst_cellmath__24_0_in0[16]))
	&((~inst_cellmath__24_0_in0[17]))
	&((~inst_cellmath__24_0_in0[18]))
	&((~inst_cellmath__24_0_in0[19]))
	&((~inst_cellmath__24_0_in0[20]))
	&((~inst_cellmath__24_0_in0[21]))
	&((~inst_cellmath__24_0_in0[22]));
endmodule

module cynw_cm_float_cos_inst_cellmath__69_0_bdw1157874770_bdw (
	inst_cellmath__69_0_out0,
	inst_cellmath__69_0_in0,
	inst_cellmath__69_0_in1
	); /* architecture "behavioural" */ 
output  inst_cellmath__69_0_out0;
input  inst_cellmath__69_0_in0,
	inst_cellmath__69_0_in1;

assign inst_cellmath__69_0_out0 = 
	(inst_cellmath__69_0_in1)
	&((~inst_cellmath__69_0_in0));
endmodule

module cynw_cm_float_cos_inst_cellmath__82_0_bdw1157874770_bdw (
	inst_cellmath__82_0_out0,
	inst_cellmath__82_0_in0,
	inst_cellmath__82_0_in1
	); /* architecture "behavioural" */ 
output  inst_cellmath__82_0_out0;
input  inst_cellmath__82_0_in0,
	inst_cellmath__82_0_in1;

assign inst_cellmath__82_0_out0 = 
	(inst_cellmath__82_0_in1)
	|(inst_cellmath__82_0_in0);
endmodule

module cynw_cm_float_cos_inst_cellmath__66_0_bdw1157874770_bdw (
	inst_cellmath__66_0_out0,
	inst_cellmath__66_0_in0,
	inst_cellmath__66_0_in1,
	inst_cellmath__66_0_in2
	); /* architecture "behavioural" */ 
output  inst_cellmath__66_0_out0;
input  inst_cellmath__66_0_in0,
	inst_cellmath__66_0_in1,
	inst_cellmath__66_0_in2;

assign inst_cellmath__66_0_out0 = 
	((~inst_cellmath__66_0_in2))
	&(inst_cellmath__66_0_in1)
	&(inst_cellmath__66_0_in0);
endmodule

module cynw_cm_float_cos_inst_cellmath__67_0_bdw1157874770_bdw (
	inst_cellmath__67_0_out0,
	inst_cellmath__67_0_in0,
	inst_cellmath__67_0_in1,
	inst_cellmath__67_0_in2
	); /* architecture "behavioural" */ 
output  inst_cellmath__67_0_out0;
input  inst_cellmath__67_0_in0,
	inst_cellmath__67_0_in1,
	inst_cellmath__67_0_in2;

assign inst_cellmath__67_0_out0 = 
	(inst_cellmath__67_0_in2)
	&(inst_cellmath__67_0_in1)
	&(inst_cellmath__67_0_in0);
endmodule

module cynw_cm_float_cos_inst_cellmath__68_0_bdw1157874770_bdw (
	inst_cellmath__68_0_out0,
	inst_cellmath__68_0_in0,
	inst_cellmath__68_0_in1
	); /* architecture "behavioural" */ 
output  inst_cellmath__68_0_out0;
input  inst_cellmath__68_0_in0,
	inst_cellmath__68_0_in1;

assign inst_cellmath__68_0_out0 = 
	(inst_cellmath__68_0_in1)
	|(inst_cellmath__68_0_in0);
endmodule

module cynw_cm_float_cos_inst_cellmath__228__231__bdw1157874770_bdw (
	inst_cellmath__228__231__out0,
	inst_cellmath__228__231__in0,
	inst_cellmath__228__231__in1,
	inst_cellmath__228__231__in2
	); /* architecture "behavioural" */ 
output [0:0] inst_cellmath__228__231__out0;
input [0:0] inst_cellmath__228__231__in0;
input  inst_cellmath__228__231__in1,
	inst_cellmath__228__231__in2;

assign inst_cellmath__228__231__out0 = 
	(inst_cellmath__228__231__in0)
	|(inst_cellmath__228__231__in1)
	|(inst_cellmath__228__231__in2);
endmodule

module cynw_cm_float_cos_inst_cellmath__219_0_bdw1157874770_bdw (
	inst_cellmath__219_0_out0,
	inst_cellmath__219_0_in0,
	inst_cellmath__219_0_in1
	); /* architecture "behavioural" */ 
output  inst_cellmath__219_0_out0;
input [22:22] inst_cellmath__219_0_in0;
input [48:48] inst_cellmath__219_0_in1;

assign inst_cellmath__219_0_out0 = 
	(inst_cellmath__219_0_in1)
	&(inst_cellmath__219_0_in0);
endmodule

module cynw_cm_float_cos_inst_cellmath__211__182__bdw1157874770_bdw (
	inst_cellmath__211__182__out0,
	inst_cellmath__211__182__in0
	); /* architecture "behavioural" */ 
output [4:0] inst_cellmath__211__182__out0;
input [47:25] inst_cellmath__211__182__in0;
wire [31:0] inst_cellmath__211__183;
wire [30:0] inst_cellmath__210;

assign inst_cellmath__210 = {{8{1'B0}}, inst_cellmath__211__182__in0};

assign inst_cellmath__211__183 = {inst_cellmath__210,1'B1};

reg [4:0] inst_cellmath__211__182__out0_tmp_0;
assign inst_cellmath__211__182__out0 = inst_cellmath__211__182__out0_tmp_0;
always @ (inst_cellmath__211__183) begin
	casez (inst_cellmath__211__183)
		32'B01?????????????????????????????? : inst_cellmath__211__182__out0_tmp_0 = 5'B00001 ;
		32'B001????????????????????????????? : inst_cellmath__211__182__out0_tmp_0 = 5'B00010 ;
		32'B0001???????????????????????????? : inst_cellmath__211__182__out0_tmp_0 = 5'B00011 ;
		32'B00001??????????????????????????? : inst_cellmath__211__182__out0_tmp_0 = 5'B00100 ;
		32'B000001?????????????????????????? : inst_cellmath__211__182__out0_tmp_0 = 5'B00101 ;
		32'B0000001????????????????????????? : inst_cellmath__211__182__out0_tmp_0 = 5'B00110 ;
		32'B00000001???????????????????????? : inst_cellmath__211__182__out0_tmp_0 = 5'B00111 ;
		32'B000000001??????????????????????? : inst_cellmath__211__182__out0_tmp_0 = 5'B01000 ;
		32'B0000000001?????????????????????? : inst_cellmath__211__182__out0_tmp_0 = 5'B01001 ;
		32'B00000000001????????????????????? : inst_cellmath__211__182__out0_tmp_0 = 5'B01010 ;
		32'B000000000001???????????????????? : inst_cellmath__211__182__out0_tmp_0 = 5'B01011 ;
		32'B0000000000001??????????????????? : inst_cellmath__211__182__out0_tmp_0 = 5'B01100 ;
		32'B00000000000001?????????????????? : inst_cellmath__211__182__out0_tmp_0 = 5'B01101 ;
		32'B000000000000001????????????????? : inst_cellmath__211__182__out0_tmp_0 = 5'B01110 ;
		32'B0000000000000001???????????????? : inst_cellmath__211__182__out0_tmp_0 = 5'B01111 ;
		32'B00000000000000001??????????????? : inst_cellmath__211__182__out0_tmp_0 = 5'B10000 ;
		32'B000000000000000001?????????????? : inst_cellmath__211__182__out0_tmp_0 = 5'B10001 ;
		32'B0000000000000000001????????????? : inst_cellmath__211__182__out0_tmp_0 = 5'B10010 ;
		32'B00000000000000000001???????????? : inst_cellmath__211__182__out0_tmp_0 = 5'B10011 ;
		32'B000000000000000000001??????????? : inst_cellmath__211__182__out0_tmp_0 = 5'B10100 ;
		32'B0000000000000000000001?????????? : inst_cellmath__211__182__out0_tmp_0 = 5'B10101 ;
		32'B00000000000000000000001????????? : inst_cellmath__211__182__out0_tmp_0 = 5'B10110 ;
		32'B000000000000000000000001???????? : inst_cellmath__211__182__out0_tmp_0 = 5'B10111 ;
		32'B0000000000000000000000001??????? : inst_cellmath__211__182__out0_tmp_0 = 5'B11000 ;
		32'B00000000000000000000000001?????? : inst_cellmath__211__182__out0_tmp_0 = 5'B11001 ;
		32'B000000000000000000000000001????? : inst_cellmath__211__182__out0_tmp_0 = 5'B11010 ;
		32'B0000000000000000000000000001???? : inst_cellmath__211__182__out0_tmp_0 = 5'B11011 ;
		32'B00000000000000000000000000001??? : inst_cellmath__211__182__out0_tmp_0 = 5'B11100 ;
		32'B000000000000000000000000000001?? : inst_cellmath__211__182__out0_tmp_0 = 5'B11101 ;
		32'B0000000000000000000000000000001? : inst_cellmath__211__182__out0_tmp_0 = 5'B11110 ;
		32'B00000000000000000000000000000001 : inst_cellmath__211__182__out0_tmp_0 = 5'B11111 ;
		default : inst_cellmath__211__182__out0_tmp_0 = 5'B00000 ;
	endcase
end
endmodule

module cynw_cm_float_cos_inst_cellmath__215_0_bdw1157874770_bdw (
	inst_cellmath__215_0_out0,
	inst_cellmath__215_0_in0
	); /* architecture "behavioural" */ 
output [4:0] inst_cellmath__215_0_out0;
input [4:0] inst_cellmath__215_0_in0;

assign inst_cellmath__215_0_out0 = 
	+(inst_cellmath__215_0_in0)
	-(5'B00111);
endmodule

module cynw_cm_float_cos_inst_cellmath__220__188__bdw1157874770_bdw (
	inst_cellmath__220__188__out0,
	inst_cellmath__220__188__in0,
	inst_cellmath__220__188__in1
	); /* architecture "behavioural" */ 
output [22:0] inst_cellmath__220__188__out0;
input [4:0] inst_cellmath__220__188__in0;
input [47:25] inst_cellmath__220__188__in1;

assign inst_cellmath__220__188__out0 = inst_cellmath__220__188__in1 << inst_cellmath__220__188__in0;
endmodule

module cynw_cm_float_cos_inst_cellmath__221__195__bdw1157874770_bdw (
	inst_cellmath__221__195__out0,
	inst_cellmath__221__195__in0
	); /* architecture "behavioural" */ 
output [6:0] inst_cellmath__221__195__out0;
input [4:0] inst_cellmath__221__195__in0;

assign inst_cellmath__221__195__out0 = 
	-(inst_cellmath__221__195__in0)
	+(7'B1111111);
endmodule

module cynw_cm_float_cos_inst_cellmath__220_2WWMM_bdw1157874770_bdw (
	inst_cellmath__220_2WWMM_out0,
	inst_cellmath__220_2WWMM_in0,
	inst_cellmath__220_2WWMM_in1,
	inst_cellmath__220_2WWMM_in2
	); /* architecture "behavioural" */ 
output [30:0] inst_cellmath__220_2WWMM_out0;
input [6:0] inst_cellmath__220_2WWMM_in0;
input [22:0] inst_cellmath__220_2WWMM_in1;
input  inst_cellmath__220_2WWMM_in2;
wire [30:0] inst_cellmath__220_22_0__0;

assign inst_cellmath__220_22_0__0 = {inst_cellmath__220_2WWMM_in1,1'B0,inst_cellmath__220_2WWMM_in0};

reg [30:0] inst_cellmath__220_2WWMM_out0_tmp_0;
assign inst_cellmath__220_2WWMM_out0 = inst_cellmath__220_2WWMM_out0_tmp_0;
always @ (inst_cellmath__220_2WWMM_in2 or inst_cellmath__220_22_0__0) begin
	case (inst_cellmath__220_2WWMM_in2)
		1'B0 : inst_cellmath__220_2WWMM_out0_tmp_0 = inst_cellmath__220_22_0__0 ;
		default : inst_cellmath__220_2WWMM_out0_tmp_0 = 31'B0000000000000000000000001111111 ;
	endcase
end
endmodule

module cynw_cm_float_cos_inst_cellmath__223__208__bdw1157874770_bdw (
	inst_cellmath__223__208__out0,
	inst_cellmath__223__208__in0,
	inst_cellmath__223__208__in1
	); /* architecture "behavioural" */ 
output [0:0] inst_cellmath__223__208__out0;
input [6:0] inst_cellmath__223__208__in0;
input [29:8] inst_cellmath__223__208__in1;

assign inst_cellmath__223__208__out0 = 
	(inst_cellmath__223__208__in1[8])
	|(inst_cellmath__223__208__in1[9])
	|(inst_cellmath__223__208__in1[10])
	|(inst_cellmath__223__208__in1[11])
	|(inst_cellmath__223__208__in1[12])
	|(inst_cellmath__223__208__in1[13])
	|(inst_cellmath__223__208__in1[14])
	|(inst_cellmath__223__208__in1[15])
	|(inst_cellmath__223__208__in1[16])
	|(inst_cellmath__223__208__in1[17])
	|(inst_cellmath__223__208__in1[18])
	|(inst_cellmath__223__208__in1[19])
	|(inst_cellmath__223__208__in1[20])
	|(inst_cellmath__223__208__in1[21])
	|(inst_cellmath__223__208__in1[22])
	|(inst_cellmath__223__208__in1[23])
	|(inst_cellmath__223__208__in1[24])
	|(inst_cellmath__223__208__in1[25])
	|(inst_cellmath__223__208__in1[26])
	|(inst_cellmath__223__208__in1[27])
	|(inst_cellmath__223__208__in1[28])
	|(inst_cellmath__223__208__in1[29])
	|(inst_cellmath__223__208__in0[0])
	|(inst_cellmath__223__208__in0[1])
	|(inst_cellmath__223__208__in0[2])
	|(inst_cellmath__223__208__in0[3])
	|(inst_cellmath__223__208__in0[4])
	|(inst_cellmath__223__208__in0[5])
	|(inst_cellmath__223__208__in0[6]);
endmodule

module cynw_cm_float_cos_inst_cellmath__223__199__bdw1157874770_bdw (
	inst_cellmath__223__199__out0,
	inst_cellmath__223__199__in0,
	inst_cellmath__223__199__in1,
	inst_cellmath__223__199__in2,
	inst_cellmath__223__199__in3
	); /* architecture "behavioural" */ 
output [0:0] inst_cellmath__223__199__out0;
input  inst_cellmath__223__199__in0;
input [1:1] inst_cellmath__223__199__in1;
input [8:6] inst_cellmath__223__199__in2;
input [0:0] inst_cellmath__223__199__in3;

assign inst_cellmath__223__199__out0 = 
	((~inst_cellmath__223__199__in0))
	&(inst_cellmath__223__199__in3)
	&(inst_cellmath__223__199__in1)
	&((~inst_cellmath__223__199__in2[6]))
	&((~inst_cellmath__223__199__in2[7]))
	&((~inst_cellmath__223__199__in2[8]));
endmodule

module cynw_cm_float_cos_inst_cellmath__224__213__bdw1157874770_bdw (
	inst_cellmath__224__213__out0,
	inst_cellmath__224__213__in0,
	inst_cellmath__224__213__in1
	); /* architecture "behavioural" */ 
output [0:0] inst_cellmath__224__213__out0;
input [0:0] inst_cellmath__224__213__in0;
input  inst_cellmath__224__213__in1;

assign inst_cellmath__224__213__out0 = 
	(inst_cellmath__224__213__in1)
	|(inst_cellmath__224__213__in0);
endmodule

module cynw_cm_float_cos_inst_cellmath__224__212__bdw1157874770_bdw (
	inst_cellmath__224__212__out0,
	inst_cellmath__224__212__in0,
	inst_cellmath__224__212__in1
	); /* architecture "behavioural" */ 
output [0:0] inst_cellmath__224__212__out0;
input  inst_cellmath__224__212__in0;
input [0:0] inst_cellmath__224__212__in1;

assign inst_cellmath__224__212__out0 = 
	(inst_cellmath__224__212__in0)
	|((~inst_cellmath__224__212__in1));
endmodule

module cynw_cm_float_cos_inst_cellmath__225__215__bdw1157874770_bdw (
	inst_cellmath__225__215__out0,
	inst_cellmath__225__215__in0,
	inst_cellmath__225__215__in1
	); /* architecture "behavioural" */ 
output [0:0] inst_cellmath__225__215__out0;
input  inst_cellmath__225__215__in0,
	inst_cellmath__225__215__in1;

assign inst_cellmath__225__215__out0 = 
	(inst_cellmath__225__215__in0)
	|((~inst_cellmath__225__215__in1));
endmodule

module cynw_cm_float_cos_inst_cellmath__228_0_bdw1157874770_bdw (
	inst_cellmath__228_0_out0,
	inst_cellmath__228_0_in0,
	inst_cellmath__228_0_in1,
	inst_cellmath__228_0_in2,
	inst_cellmath__228_0_in3
	); /* architecture "behavioural" */ 
output [7:0] inst_cellmath__228_0_out0;
input [0:0] inst_cellmath__228_0_in0,
	inst_cellmath__228_0_in1,
	inst_cellmath__228_0_in2;
input [6:0] inst_cellmath__228_0_in3;
wire [7:0] inst_cellmath__226__218;

assign inst_cellmath__226__218 = {inst_cellmath__228_0_in2,inst_cellmath__228_0_in1,inst_cellmath__228_0_in1,inst_cellmath__228_0_in1,inst_cellmath__228_0_in1,inst_cellmath__228_0_in1,inst_cellmath__228_0_in1,inst_cellmath__228_0_in1};

reg [7:0] inst_cellmath__228_0_out0_tmp_0;
assign inst_cellmath__228_0_out0 = inst_cellmath__228_0_out0_tmp_0;
always @ (inst_cellmath__228_0_in0 or inst_cellmath__228_0_in3 or inst_cellmath__226__218) begin
	case (inst_cellmath__228_0_in0)
		1'B0 : inst_cellmath__228_0_out0_tmp_0 = inst_cellmath__228_0_in3 ;
		default : inst_cellmath__228_0_out0_tmp_0 = inst_cellmath__226__218 ;
	endcase
end
endmodule

module cynw_cm_float_cos_inst_cellmath__231_0_bdw1157874770_bdw (
	inst_cellmath__231_0_out0,
	inst_cellmath__231_0_in0,
	inst_cellmath__231_0_in1,
	inst_cellmath__231_0_in2,
	inst_cellmath__231_0_in3
	); /* architecture "behavioural" */ 
output [22:0] inst_cellmath__231_0_out0;
input  inst_cellmath__231_0_in0;
input [0:0] inst_cellmath__231_0_in1;
input [30:8] inst_cellmath__231_0_in2;
input [46:46] inst_cellmath__231_0_in3;
wire [1:0] inst_cellmath__231__242_0_0_0;

assign inst_cellmath__231__242_0_0_0 = {inst_cellmath__231_0_in1,inst_cellmath__231_0_in3};

reg [22:0] inst_cellmath__231_0_out0_tmp_0;
assign inst_cellmath__231_0_out0 = inst_cellmath__231_0_out0_tmp_0;
always @ (inst_cellmath__231__242_0_0_0 or inst_cellmath__231_0_in2 or inst_cellmath__231_0_in0) begin
	casez (inst_cellmath__231__242_0_0_0)
		2'B0? : inst_cellmath__231_0_out0_tmp_0 = inst_cellmath__231_0_in2 ;
		default : inst_cellmath__231_0_out0_tmp_0 = {{22{inst_cellmath__231_0_in0}}, inst_cellmath__231_0_in0} ;
	endcase
end
endmodule

/* CADENCE  vrX0TAHfow== : u9/ySgnWtBlWxVPRXgAZ4Og= ** DO NOT EDIT THIS LINE **/